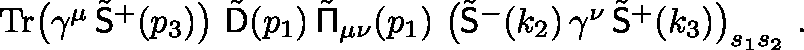
\begin{array} { r } { \mathrm { T r } \big ( \gamma ^ { \mu } \, \tilde { \mathsf { S } } ^ { + } ( p _ { 3 } ) \big ) \ \tilde { \mathsf { D } } ( p _ { 1 } ) \, \tilde { \mathsf { \Pi } } _ { \mu \nu } ( p _ { 1 } ) \ \big ( \tilde { \mathsf { S } } ^ { - } ( k _ { 2 } ) \, \gamma ^ { \nu } \, \tilde { \mathsf { S } } ^ { + } ( k _ { 3 } ) \big ) _ { s _ { 1 } s _ { 2 } } \ . } \end{array}